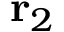
\mathbf { r } _ { 2 }